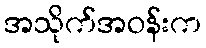
အသိုက်အဝန်းက